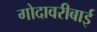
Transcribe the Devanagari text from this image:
गोदावरीबाई